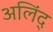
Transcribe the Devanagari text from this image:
अलिंद्